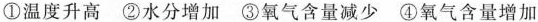
①温度升高 ②水分增加 ③氧气含量减少 ④氧气含量增加